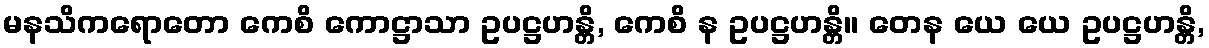
မနသိကရောတော ကေစိ ကောဋ္ဌာသာ ဥပဋ္ဌဟန္တိ, ကေစိ န ဥပဋ္ဌဟန္တိ။ တေန ယေ ယေ ဥပဋ္ဌဟန္တိ,